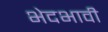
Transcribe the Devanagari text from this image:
भेदभावी